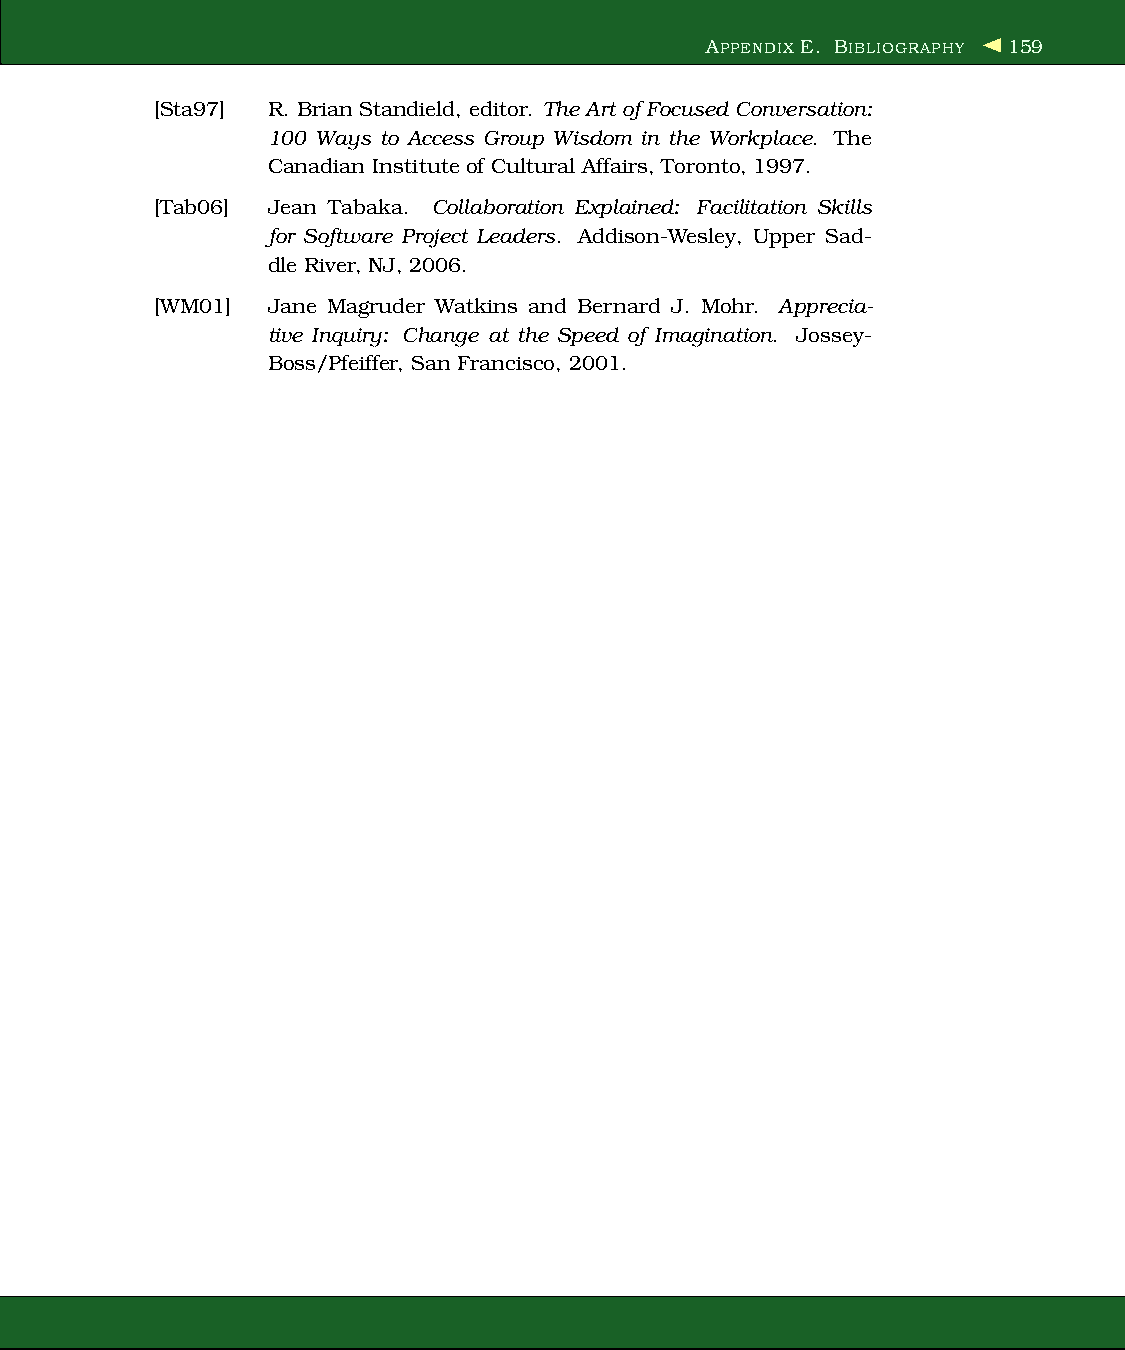
APPENDIX E. BIBLIOGRAPHY 159
 [Sta97] R. Brian Standield, editor. The Art ofFocused Conversation:
 100 Ways to Access Group Wisdom in the Workplace. The
 Canadian Institute of Cultural Affairs, Toronto, 1997.
 [Tab06] Jean Tabaka. Collaboration Explained: Facilitation Skills
 for Software Project Leaders. Addison-Wesley, Upper Sad-
 dle River, NJ, 2006.
 [WM01]  Jane Magruder Watkins and Bernard J. Mohr. Apprecia-
 tive Inquiry: Change at the Speed of Imagination. Jossey-
 Boss/Pfeiffer, San Francisco, 2001.